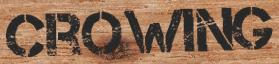
CROWING